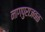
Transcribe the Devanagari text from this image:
नागपुराजवळ